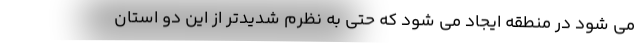
می شود در منطقه ایجاد می شود که حتی به نظرم شدید‌تر از این دو استان